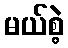
မယ်စဲ့